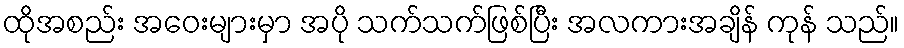
ထိုအစည်း အဝေးများမှာ အပို သက်သက်ဖြစ်ပြီး အလကားအချိန် ကုန် သည်။